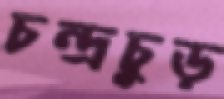
চন্দ্রচুড়